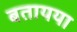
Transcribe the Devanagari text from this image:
बतायया